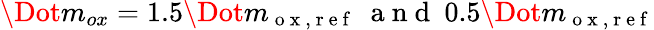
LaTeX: \Dot{m}_{ox}=1.5\Dot{m}_{\mathrm{~o~x~,~r~e~f~}}\ \mathrm{~a~n~d~}\ 0.5\Dot{m}_{\mathrm{~o~x~,~r~e~f~}}